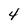
Character: 4